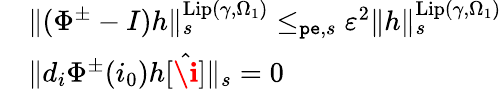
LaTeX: \begin{array}{rl}&{\rVert(\Phi^{\pm}-I)h\rVert_{s}^{\mathrm{Lip}(\gamma,\Omega_{1})}\le_{\mathtt{pe},s}\varepsilon^{2}\rVert h\rVert_{s}^{\mathrm{Lip}(\gamma,\Omega_{1})}}\\ &{\rVert d_{i}\Phi^{\pm}(i_{0})h[\hat{\textbf{\i}}]\rVert_{s}=0}\end{array}